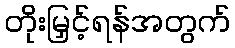
တိုးမြှင့်ရန်အတွက်